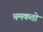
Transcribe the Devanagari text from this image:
चमकतो